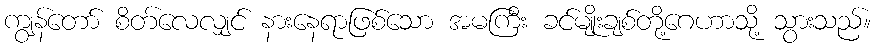
ကျွန်တော် စိတ်လေလျှင် နားနေရာဖြစ်သော အမကြီး ခင်မျိုးချစ်တို့ဂေဟာသို့ သွားသည်။